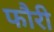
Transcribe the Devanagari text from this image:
फौरी